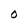
Character: O